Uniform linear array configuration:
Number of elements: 48
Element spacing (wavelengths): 0.5
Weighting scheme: uniform
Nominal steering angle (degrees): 30
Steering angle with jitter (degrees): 31.459
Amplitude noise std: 0.05
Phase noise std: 0.05

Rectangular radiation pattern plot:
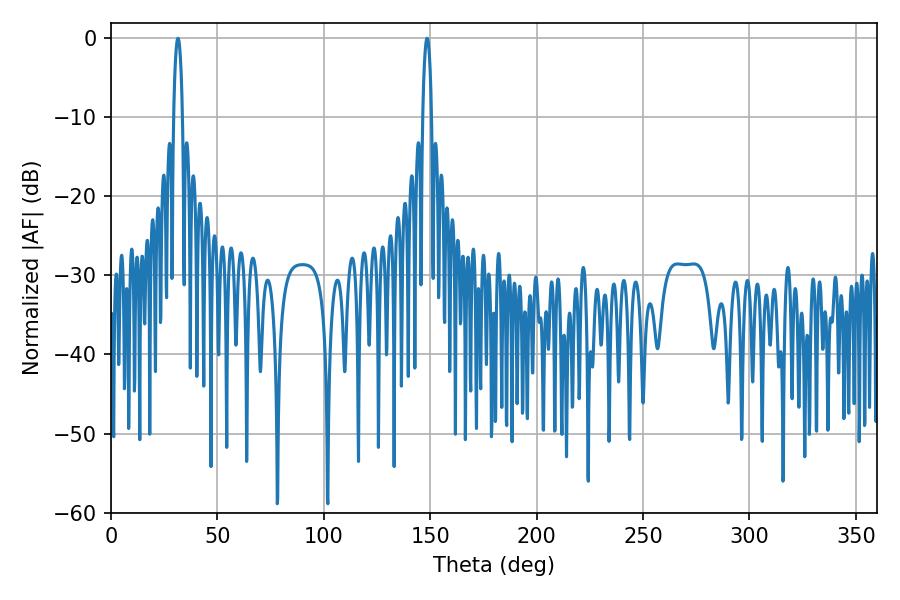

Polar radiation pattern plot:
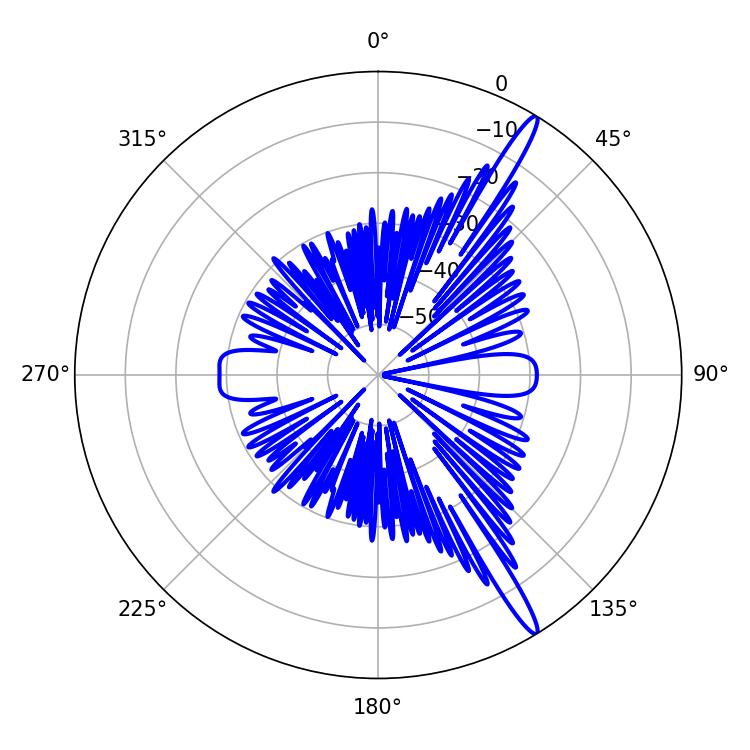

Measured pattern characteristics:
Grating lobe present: FALSE
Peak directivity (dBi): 15.972
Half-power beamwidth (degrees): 2.34
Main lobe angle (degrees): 31.5